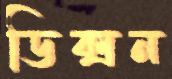
ডিক্সন